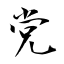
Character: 党